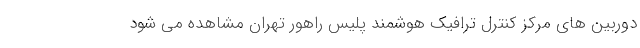
دوربین های مرکز کنترل ترافیک هوشمند پلیس راهور تهران مشاهده می شود